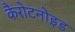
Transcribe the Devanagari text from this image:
कैरोटनोइड